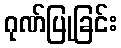
ဂုဏ်ပြုခြင်း